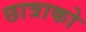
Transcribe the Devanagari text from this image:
छात्राको